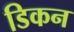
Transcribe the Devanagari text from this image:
डिकन